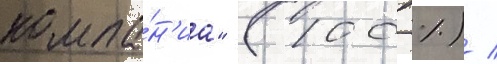
компа́н'иа" (100 %) /